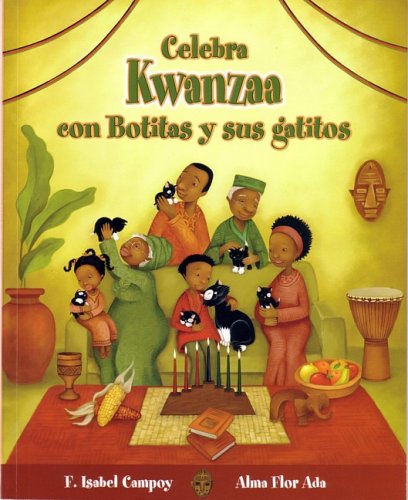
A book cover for Celebra Kwanzaa con Botitas y sus gatitos / Celebrate Kwanzaa with Boots and Her Kittens (Cuentos Para Celebrar) (Spanish Edition); Alma Flor Ada and F. Isabel Campoy; Children's Books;